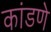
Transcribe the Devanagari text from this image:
कांडणे